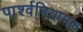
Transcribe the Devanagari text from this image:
पार्श्वनियामक